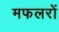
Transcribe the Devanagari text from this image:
मफलरों